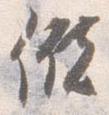
儲